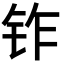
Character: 𬬽